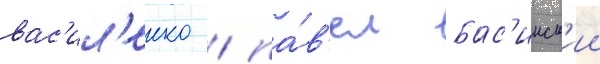
вас'ил'енко / па́в'ел бас'инск'ии